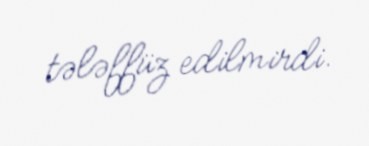
tələffüz edilmirdi.